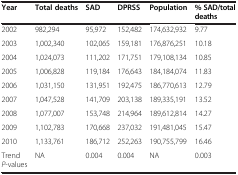
| Year | Total deaths | SAD | DPRSS | Population | % SAD/total deaths |
 | --- | --- | --- | --- | --- | --- |
 | 2002 | 982,294 | 95,972 | 152,482 | 174,632,932 | 9.77 |
 | 2003 | 1,002,340 | 102,065 | 159,181 | 176,876,251 | 10.18 |
 | 2004 | 1,024,073 | 111,202 | 171,751 | 179,108,134 | 10.85 |
 | 2005 | 1,006,828 | 119,184 | 176,643 | 184,184,074 | 11.83 |
 | 2006 | 1,031,150 | 131,951 | 192,475 | 186,770,613 | 12.79 |
 | 2007 | 1,047,528 | 141,709 | 203,138 | 189,335,191 | 13.52 |
 | 2008 | 1,077,007 | 153,748 | 214,964 | 189,612,814 | 14.27 |
 | 2009 | 1,102,783 | 170,668 | 237,032 | 191,481,045 | 15.47 |
 | 2010 | 1,133,761 | 186,712 | 252,263 | 190,755,799 | 16.46 |
 | Trend P-values | NA | 0.004 | 0.004 | NA | 0.003 |